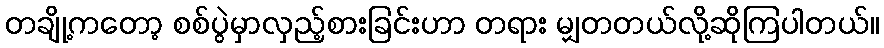
တချို့ကတော့ စစ်ပွဲမှာလှည့်စားခြင်းဟာ တရား မျှတတယ်လို့ဆိုကြပါတယ်။